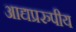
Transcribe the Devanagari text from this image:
आद्यप्ररुपीय